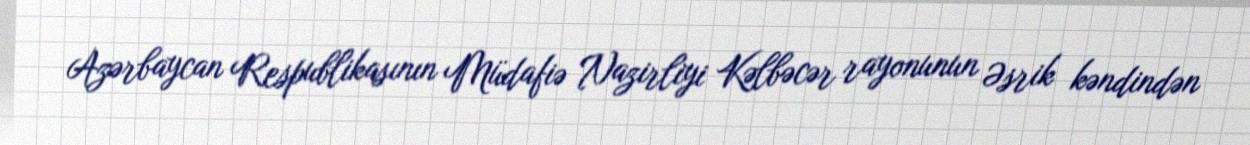
Azərbaycan Respublikasının Müdafiə Nazirliyi Kəlbəcər rayonunun Əsrik kəndindən